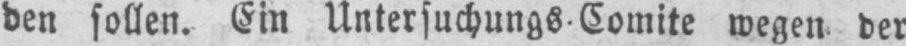
den sollen. Ein Untersuchungs⸗Comite wegen der